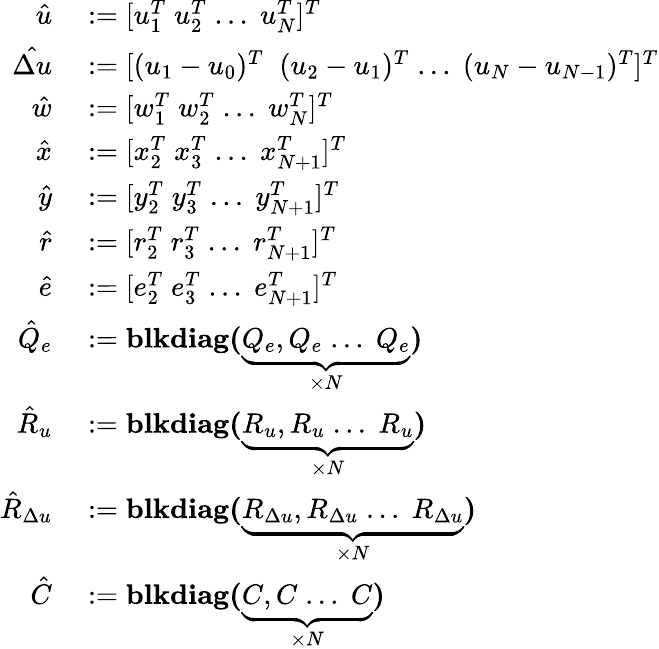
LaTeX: \begin{array}{rl}{\hat{u}}&{{}:=[u_{1}^{T}\; u_{2}^{T}\; ...\; u_{N}^{T}]^{T}}\\ {\hat{\Delta u}}&{{}:=[(u_{1}-u_{0})^{T}\; \; (u_{2}-u_{1})^{T}\; ...\; (u_{N}-u_{N-1})^{T}]^{T}}\\ {\hat{w}}&{{}:=[w_{1}^{T}\; w_{2}^{T}\; ...\; w_{N}^{T}]^{T}}\\ {\hat{x}}&{{}:=[x_{2}^{T}\; x_{3}^{T}\; ...\; x_{N+1}^{T}]^{T}}\\ {\hat{y}}&{{}:=[y_{2}^{T}\; y_{3}^{T}\; ...\; y_{N+1}^{T}]^{T}}\\ {\hat{r}}&{{}:=[r_{2}^{T}\; r_{3}^{T}\; ...\; r_{N+1}^{T}]^{T}}\\ {\hat{e}}&{{}:=[e_{2}^{T}\; e_{3}^{T}\; ...\; e_{N+1}^{T}]^{T}}\\ {\hat{Q}_{e}}&{{}:=\textbf{blkdiag(}\underbrace{Q_{e},Q_{e}\; ...\; Q_{e}}_{\times N}\textbf{)}}\\ {\hat{R}_{u}}&{{}:=\textbf{blkdiag(}\underbrace{R_{u},R_{u}\; ...\; R_{u}}_{\times N}\textbf{)}}\\ {\hat{R}_{\Delta u}}&{{}:=\textbf{blkdiag(}\underbrace{R_{\Delta u},R_{\Delta u}\; ...\; R_{\Delta u}}_{\times N}\textbf{)}}\\ {\hat{C}}&{{}:=\textbf{blkdiag(}\underbrace{C,C\; ...\; C}_{\times N}\textbf{)}}\end{array}